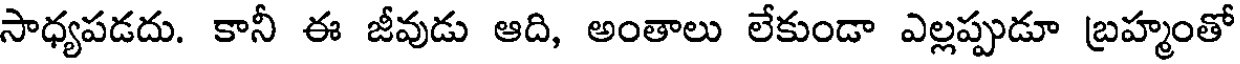
సాధ్యపడదు. కానీ ఈ జీవుడు ఆది, అంతాలు లేకుండా ఎల్లప్పుడూ బ్రహ్మంతో